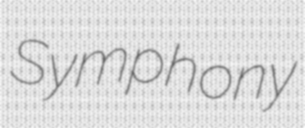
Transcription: Symphony